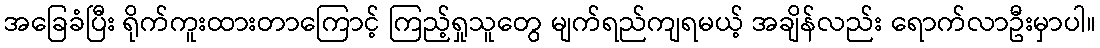
အခြေခံပြီး ရိုက်ကူးထားတာကြောင့် ကြည့်ရှုသူတွေ မျက်ရည်ကျရမယ့် အချိန်လည်း ရောက်လာဦးမှာပါ။